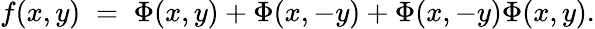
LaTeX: f(x,y)\; =\; \Phi(x,y)+\Phi(x,-y)+\Phi(x,-y)\Phi(x,y).